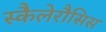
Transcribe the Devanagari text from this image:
स्कैलेरौसिस